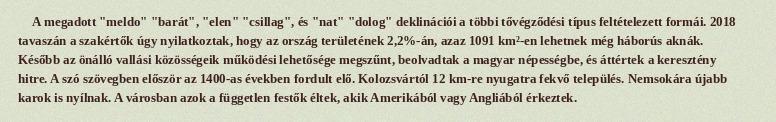
A megadott "meldo" "barát", "elen" "csillag", és "nat" "dolog" deklinációi a többi tővégződési típus feltételezett formái. 2018 tavaszán a szakértők úgy nyilatkoztak, hogy az ország területének 2,2%-án, azaz 1091 km²-en lehetnek még háborús aknák. Később az önálló vallási közösségeik működési lehetősége megszűnt, beolvadtak a magyar népességbe, és áttértek a keresztény hitre. A szó szövegben először az 1400-as években fordult elő. Kolozsvártól 12 km-re nyugatra fekvő település. Nemsokára újabb karok is nyílnak. A városban azok a független festők éltek, akik Amerikából vagy Angliából érkeztek.